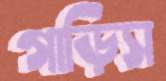
গাড়িস